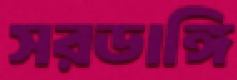
সরডাঙ্গি